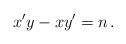
LaTeX: \begin{align*}x'y-xy'=n\,.\end{align*}